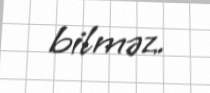
bilməz.